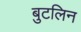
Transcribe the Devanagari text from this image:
बुटलिन